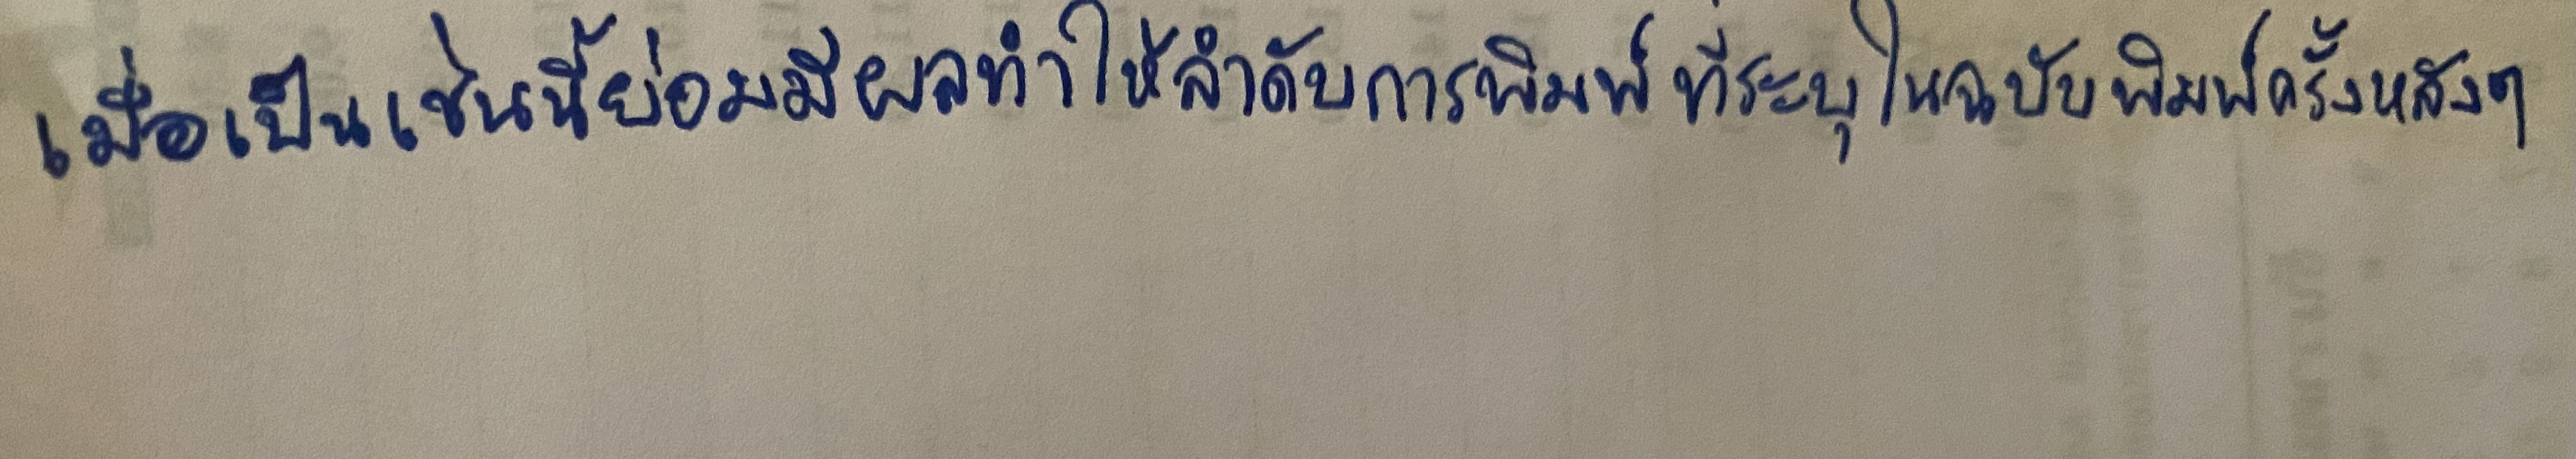
เมื่อเป็นเช่นนี้ย่อมมีผลทำให้ลำดับการพิมพ์ที่ระบุในฉบับพิมพ์ครั้งหลังๆ